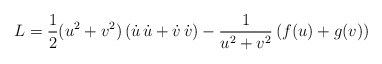
\begin{align*}L = \displaystyle\frac{1}{2} (u^2+v^2) \left( \dot{u} \, \dot{u} +\dot{v} \, \dot{v} \right)-\displaystyle\frac{1}{u^2+v^2} \left( f(u)+g(v) \right)\end{align*}